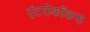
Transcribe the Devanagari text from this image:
एंटरोकॉकस